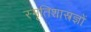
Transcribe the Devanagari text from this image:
स्मृतिशास्त्रज्ञों